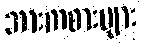
အားကစားများ